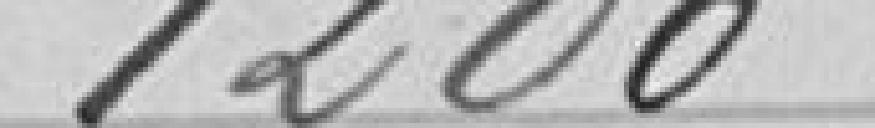
1200